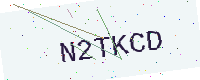
Text: N2TKCD